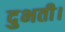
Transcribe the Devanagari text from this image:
दुभती।